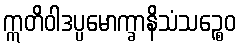
ဣတိဝါဒပ္ပမောက္ခာနိသံသဉ္စေဝ